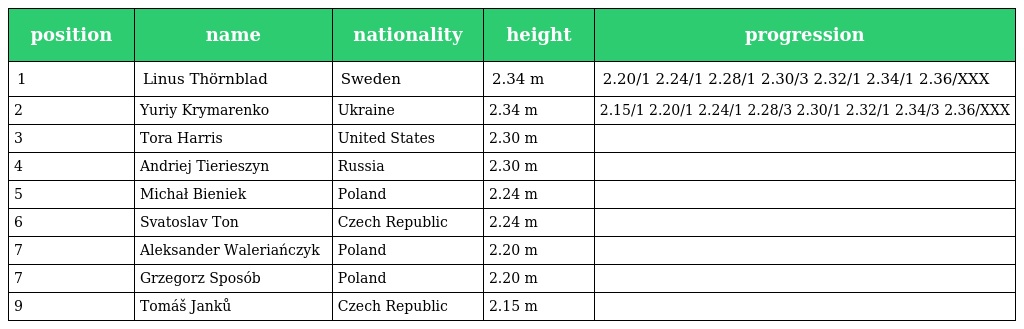
| position | name | nationality | height | progression |
 | --- | --- | --- | --- | --- |
 | 1 | Linus Thörnblad | Sweden | 2.34 m | 2.20/1 2.24/1 2.28/1 2.30/3 2.32/1 2.34/1 2.36/XXX |
 | 2 | Yuriy Krymarenko | Ukraine | 2.34 m | 2.15/1 2.20/1 2.24/1 2.28/3 2.30/1 2.32/1 2.34/3 2.36/XXX |
 | 3 | Tora Harris | United States | 2.30 m |  |
 | 4 | Andriej Tierieszyn | Russia | 2.30 m |  |
 | 5 | Michał Bieniek | Poland | 2.24 m |  |
 | 6 | Svatoslav Ton | Czech Republic | 2.24 m |  |
 | 7 | Aleksander Waleriańczyk | Poland | 2.20 m |  |
 | 7 | Grzegorz Sposób | Poland | 2.20 m |  |
 | 9 | Tomáš Janků | Czech Republic | 2.15 m |  |